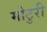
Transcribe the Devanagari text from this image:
मोटुरी